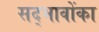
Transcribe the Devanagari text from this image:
सद्भावोंका